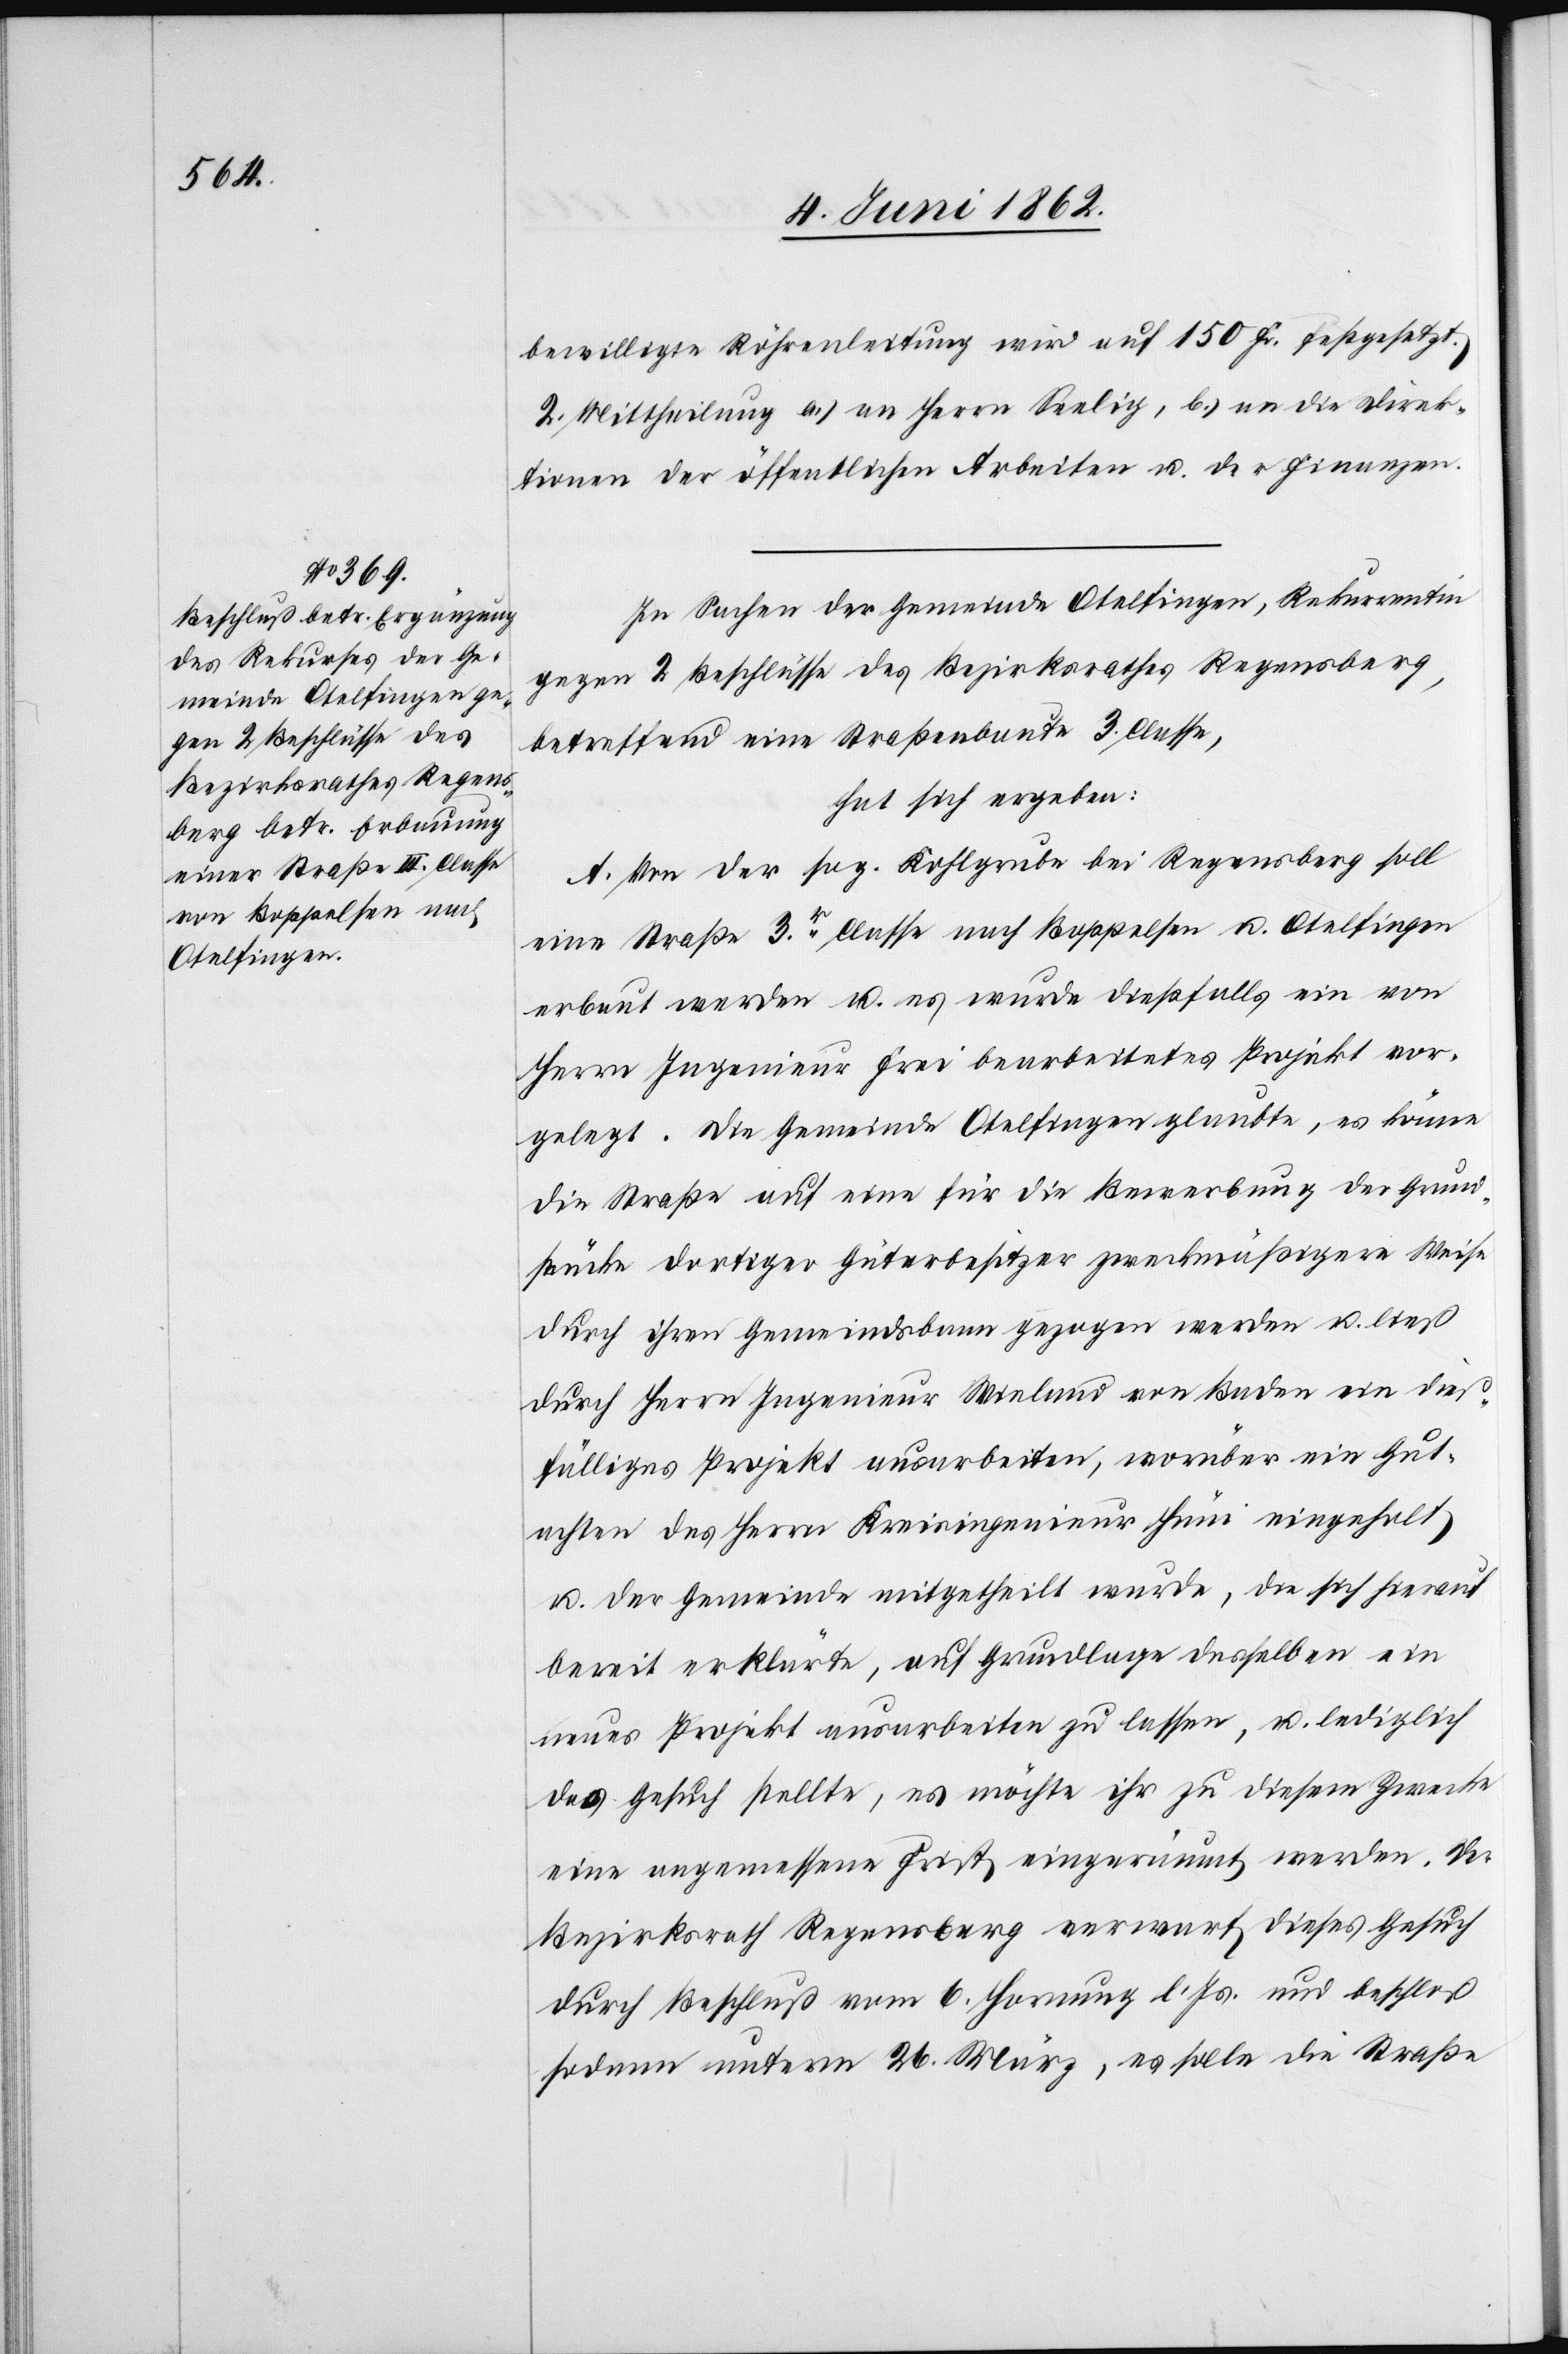
bewilligte Röhrenleitung wird auf 150 Fr. festgesetzt.
2. Mittheilung a) an Herrn Seelig, b) an die Direk¬
tionen der öffentlichen Arbeiten u. der Finanzen.
In Sachen der Gemeinde Otelfingen, Rekurrentin
gegen 2 Beschlüsse des Bezirksrathes Regensberg,
betreffend eine Straßenbaute 3. Classe,
hat sich ergeben:
A. Von der sog. Kohlgrube bei Regensberg soll
eine Straße 3r Classe nach Boppelsen u. Otelfingen
erbaut werden u. es wurde dießfalls ein von
Herrn Ingenieur Frei bearbeitetes Projekt vor¬
gelegt. Die Gemeinde Otelfingen glaubte, es könne
die Straße auf eine für die Bewerbung der Grund¬
stücke dortiger Güterbesitzer zweckmäßigere Weise
durch ihren Gemeindsbann gezogen werden u. ließ
durch Herrn Ingenieur Wieland von Baden ein dieß¬
fälliges Projekt ausarbeiten, worüber ein Gut¬
achten des Herrn Kreisingenieur Hüni eingeholt
u. der Gemeinde mitgetheilt wurde, die sich hierauf
bereit erklärte, auf Grundlage desselben ein
neues Projekt ausarbeiten zu lassen, u. lediglich
das Gesuch stellte, es möchte ihr zu diesem Zwecke
eine angemessene Frist eingeräumt werden. Der
Bezirksrath Regensberg verwarf dieses Gesuch
durch Beschluß vom 6. Hornung l. Js. und beschloß
sodann unterm 26. März, es solle die Straße